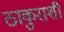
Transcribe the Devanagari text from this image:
ठाकुराशी